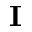
\mathbf { I }